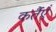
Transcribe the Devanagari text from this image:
कर्तैएँ